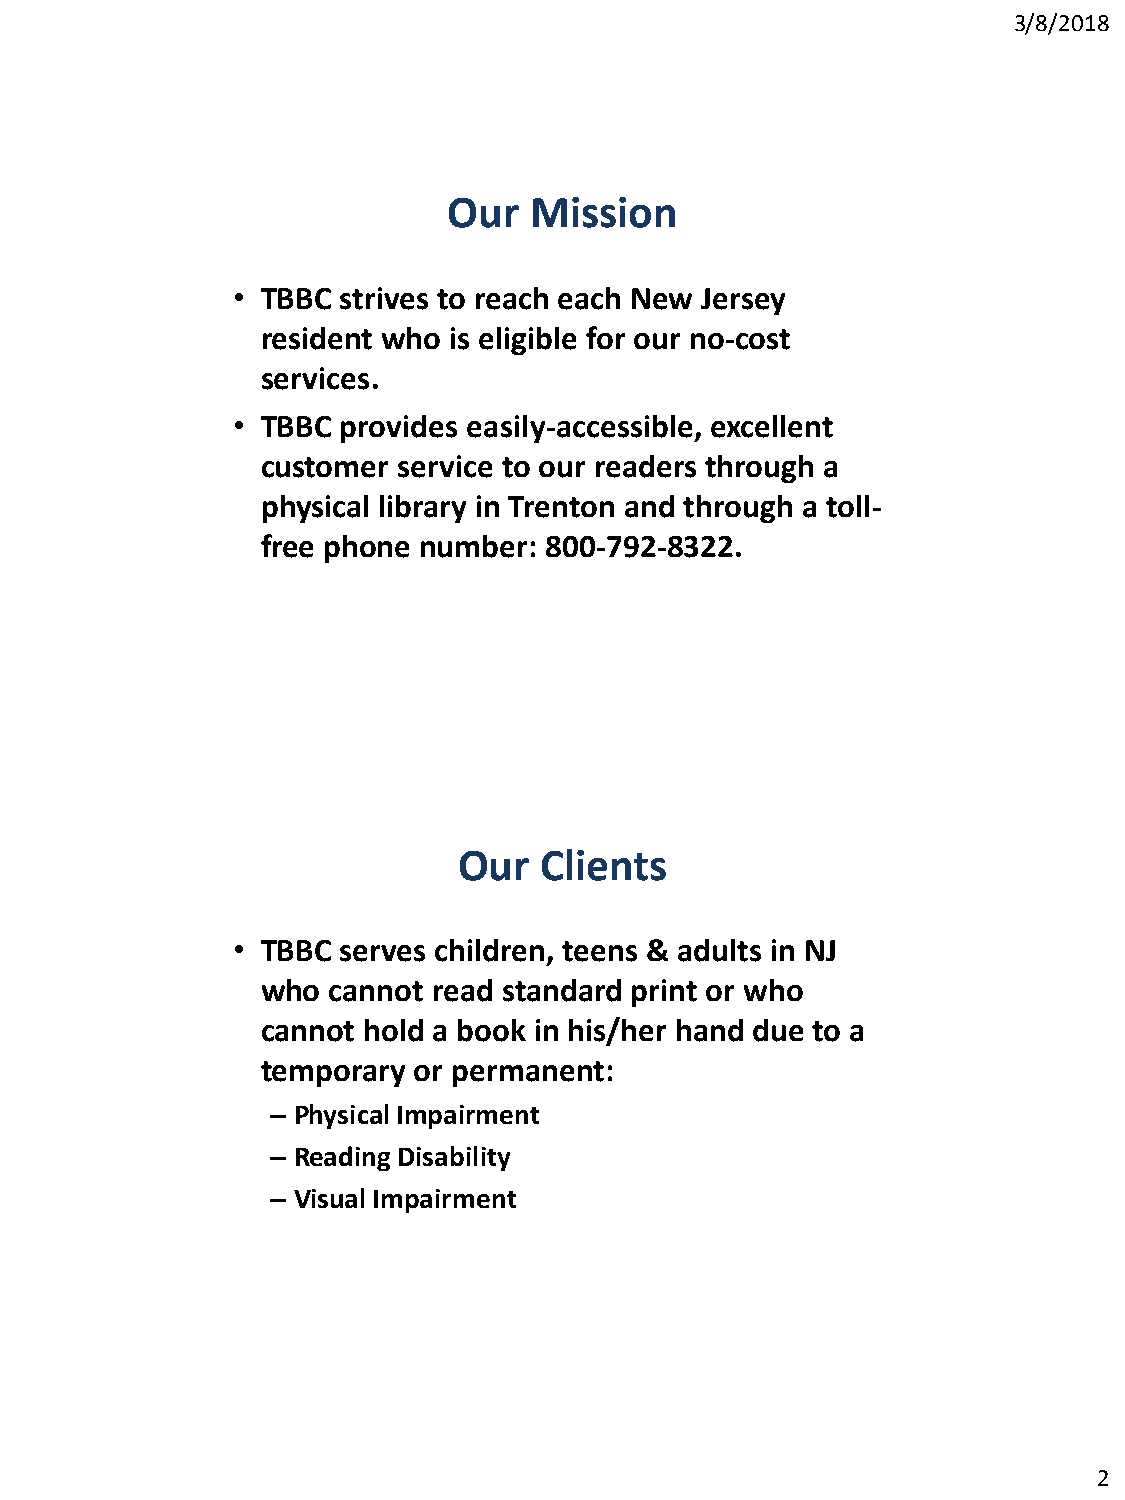
3/8/2018
 Our  Mission
 • TBBC  strives to reach each New Jersey
 resident who is eligible for our no-cost
 services.
 • TBBC  provides easily-accessible, excellent
 customer service to our readers through a
 physical library in Trenton and through a toll-
 free phone number: 800-792-8322.
 Our   Clients
 • TBBC  serves children, teens & adults in NJ
 who  cannot read standard print or who
 cannot hold a book in his/her hand due to a
 temporary or permanent:
 – Physical Impairment
 – Reading Disability
 – Visual Impairment
 2